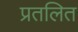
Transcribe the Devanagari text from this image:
प्रतलित